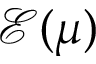
\mathcal E ( \mu )